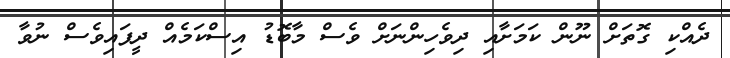
ދެއްކި ގޮތަށް ނޫން ކަމަށާއި ދިވެހިންނަށް ވެސް މާބޮޑު އިސްކަމެއް ދީފައިވެސް ނުވާ